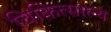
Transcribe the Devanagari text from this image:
चिकित्साल्य